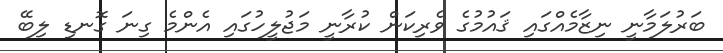
ބަރުލަމާނީ ނިޒާމެއްގައި ޤައުމުގެ ވެރިކަން ކުރާނީ މަޖުލީހުގައި އެންމެ ގިނަ ގޮނޑި ލިބޭ